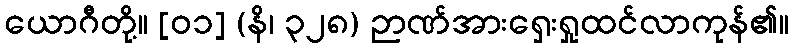
ယောဂီတို့။ [၀၁] (နိ၊ ၃၂၈) ဉာဏ်အားရှေးရှုထင်လာကုန်၏။